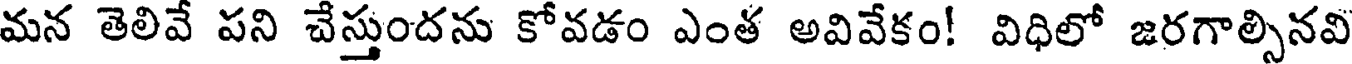
మన తెలివే పని చేస్తుందను కోవడం ఎంత అవివేకం! విధిలో జరగాల్సినవి